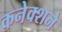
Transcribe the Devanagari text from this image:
कनेक्शने